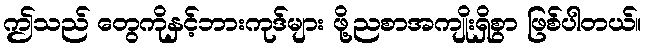
ဤသည် တွေကိုနှင့်ဘားကုဒ်များ ဖို့ညစာအကျိုးရှိစွာ ဖြစ်ပါတယ်။